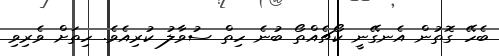
ބެެހޭ ގޮތުން އެނގޭނީ ކޯޗެއްތޯ ބުނެ ހިތް ސުވާލު ކުރިއެވެ. ހިތަށް ވެރިވި